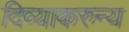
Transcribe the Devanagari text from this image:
दिव्याकरुन्य